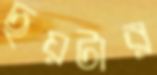
ছয়টার